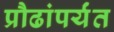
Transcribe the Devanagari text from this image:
प्रौढांपर्यंत